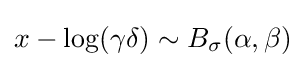
x-\log(\gamma \delta )\sim B_{\sigma }(\alpha ,\beta )